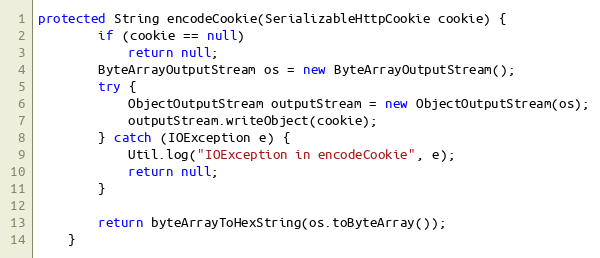
Language: Java
protected String encodeCookie(SerializableHttpCookie cookie) {
        if (cookie == null)
            return null;
        ByteArrayOutputStream os = new ByteArrayOutputStream();
        try {
            ObjectOutputStream outputStream = new ObjectOutputStream(os);
            outputStream.writeObject(cookie);
        } catch (IOException e) {
            Util.log("IOException in encodeCookie", e);
            return null;
        }

        return byteArrayToHexString(os.toByteArray());
    }